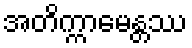
အတိက္ကာမေန္တဿ